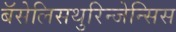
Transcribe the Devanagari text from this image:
बॅसेलिसथुरिन्जेन्सिस